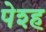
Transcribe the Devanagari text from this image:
पेश्ह